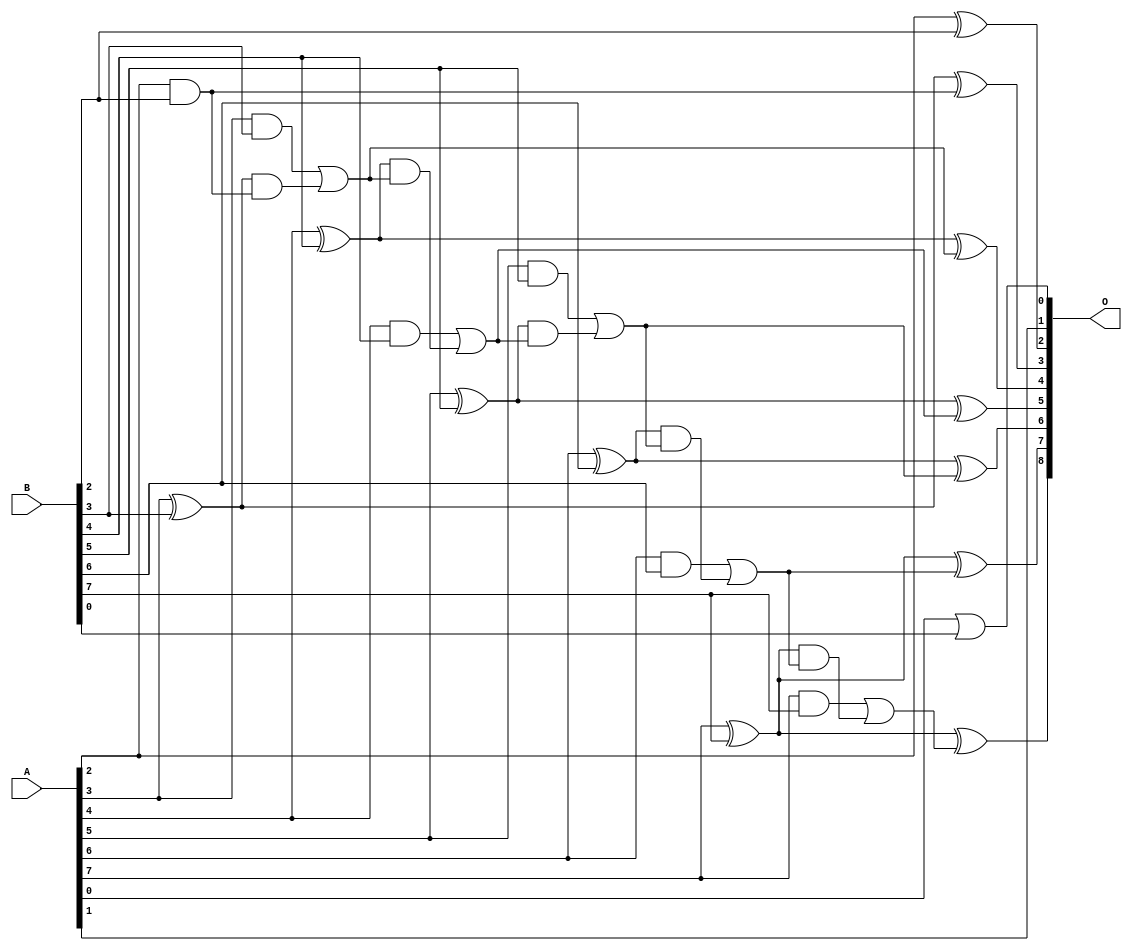
/***
* This code is a part of EvoApproxLib library (ehw.fit.vutbr.cz/approxlib) distributed under The MIT License.
* When used, please cite the following article(s): V. Mrazek, L. Sekanina, Z. Vasicek "Libraries of Approximate Circuits: Automated Design and Application in CNN Accelerators" IEEE Journal on Emerging and Selected Topics in Circuits and Systems, Vol 10, No 4, 2020 
* This file contains a circuit from a sub-set of pareto optimal circuits with respect to the pwr and ep parameters
***/
// MAE% = 0.47 %
// MAE = 1.2 
// WCE% = 1.17 %
// WCE = 3.0 
// WCRE% = 200.00 %
// EP% = 62.50 %
// MRE% = 4.89 %
// MSE = 2.8 
// PDK45_PWR = 0.026 mW
// PDK45_AREA = 59.1 um2
// PDK45_DELAY = 0.47 ns

module add8se_7LN (
    A,
    B,
    O
);

input [7:0] A;
input [7:0] B;
output [8:0] O;

wire sig_16,sig_23,sig_24,sig_28,sig_29,sig_30,sig_31,sig_32,sig_33,sig_34,sig_35,sig_36,sig_37,sig_38,sig_39,sig_40,sig_41,sig_42,sig_43,sig_44;
wire sig_45,sig_46,sig_47,sig_48,sig_49,sig_50,sig_51,sig_52,sig_53,sig_54;

assign sig_16 = A[0] | B[0];
assign sig_23 = A[2] ^ B[2];
assign sig_24 = A[2] & B[2];
assign sig_28 = A[3] ^ B[3];
assign sig_29 = A[3] & B[3];
assign sig_30 = sig_28 & sig_24;
assign sig_31 = sig_28 ^ sig_24;
assign sig_32 = sig_29 | sig_30;
assign sig_33 = A[4] ^ B[4];
assign sig_34 = A[4] & B[4];
assign sig_35 = sig_33 & sig_32;
assign sig_36 = sig_33 ^ sig_32;
assign sig_37 = sig_34 | sig_35;
assign sig_38 = A[5] ^ B[5];
assign sig_39 = A[5] & B[5];
assign sig_40 = sig_38 & sig_37;
assign sig_41 = sig_38 ^ sig_37;
assign sig_42 = sig_39 | sig_40;
assign sig_43 = A[6] ^ B[6];
assign sig_44 = A[6] & B[6];
assign sig_45 = sig_43 & sig_42;
assign sig_46 = sig_43 ^ sig_42;
assign sig_47 = sig_44 | sig_45;
assign sig_48 = A[7] ^ B[7];
assign sig_49 = A[7] & B[7];
assign sig_50 = sig_48 & sig_47;
assign sig_51 = sig_48 ^ sig_47;
assign sig_52 = sig_49 | sig_50;
assign sig_53 = A[7] ^ B[7];
assign sig_54 = sig_53 ^ sig_52;

assign O[8] = sig_54;
assign O[7] = sig_51;
assign O[6] = sig_46;
assign O[5] = sig_41;
assign O[4] = sig_36;
assign O[3] = sig_31;
assign O[2] = sig_23;
assign O[1] = A[1];
assign O[0] = sig_16;

endmodule